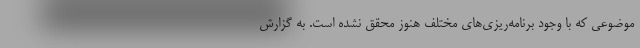
موضوعی که با وجود برنامه‌ریزی‌های مختلف هنوز محقق نشده است. به گزارش